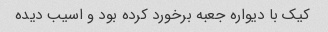
کیک با دیواره جعبه برخورد کرده بود و اسیب دیده